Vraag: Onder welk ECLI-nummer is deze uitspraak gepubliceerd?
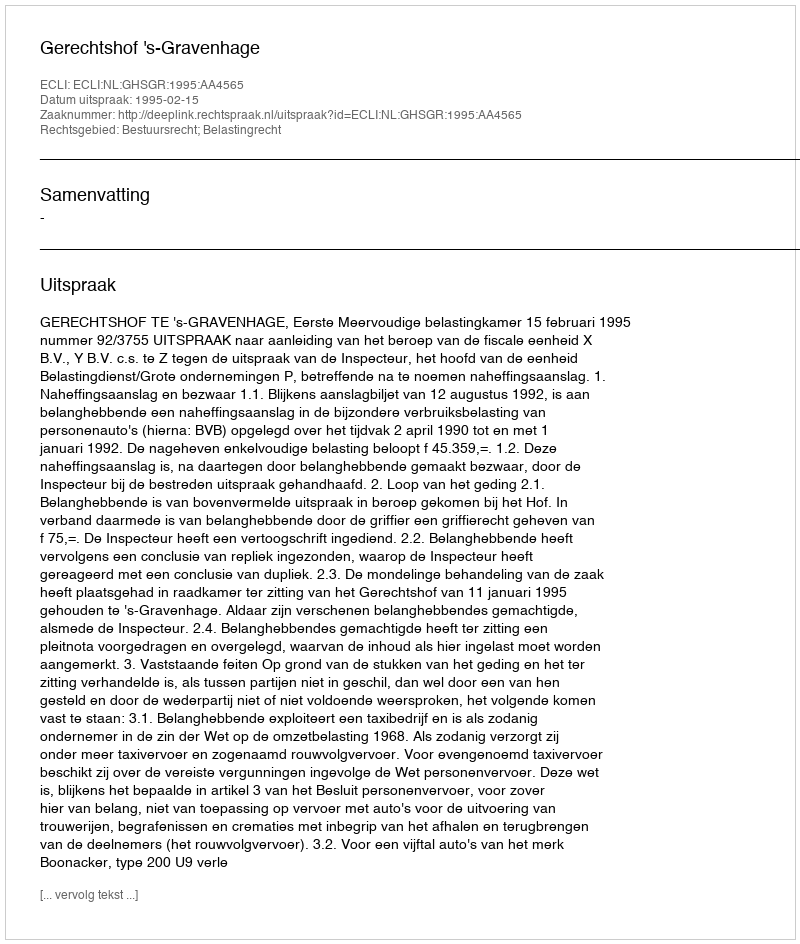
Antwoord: ECLI:NL:GHSGR:1995:AA4565